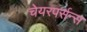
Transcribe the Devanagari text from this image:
चेयरपर्सन्स